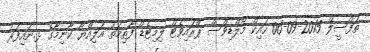
ތަފްސީލް 2015-09-06 ހައިކް މޯލްޑިވްސް ޕްރައިވެޓް ލިމިޓެޑް ފާޠިމަތު އަލިއްޔާ ކާނިމާގެ ޅ.ނައިފަރު